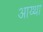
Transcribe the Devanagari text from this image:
आय्था